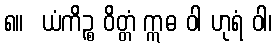
၈။  ယံကိဉ္စ ဝိတ္တံ ဣဓ ဝါ ဟုရံ ဝါ၊